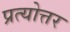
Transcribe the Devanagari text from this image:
प्रत्योत्तर